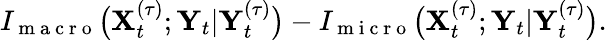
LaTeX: I_{\mathrm{~m~a~c~r~o~}}\big(\mathbf{X}_{t}^{(\tau)};\mathbf{Y}_{t}|\mathbf{Y}_{t}^{(\tau)}\big)-I_{\mathrm{~m~i~c~r~o~}}\big(\mathbf{X}_{t}^{(\tau)};\mathbf{Y}_{t}|\mathbf{Y}_{t}^{(\tau)}\big).